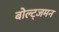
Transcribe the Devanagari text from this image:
बोल्ट्जमन